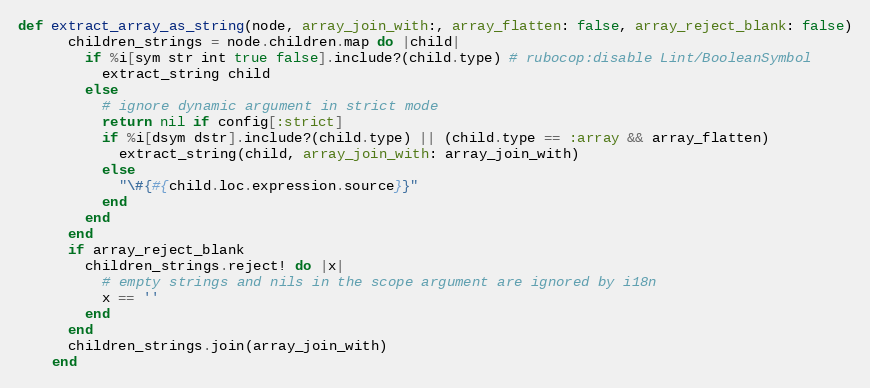
Language: Ruby
def extract_array_as_string(node, array_join_with:, array_flatten: false, array_reject_blank: false)
      children_strings = node.children.map do |child|
        if %i[sym str int true false].include?(child.type) # rubocop:disable Lint/BooleanSymbol
          extract_string child
        else
          # ignore dynamic argument in strict mode
          return nil if config[:strict]
          if %i[dsym dstr].include?(child.type) || (child.type == :array && array_flatten)
            extract_string(child, array_join_with: array_join_with)
          else
            "\#{#{child.loc.expression.source}}"
          end
        end
      end
      if array_reject_blank
        children_strings.reject! do |x|
          # empty strings and nils in the scope argument are ignored by i18n
          x == ''
        end
      end
      children_strings.join(array_join_with)
    end